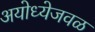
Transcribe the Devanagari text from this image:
अयोध्येजवळ